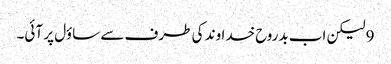
9 لیکن اب بدروح خداوند کی طرف سے ساؤل پر آئی۔